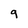
Character: 9